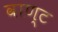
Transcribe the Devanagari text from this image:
वाण्ट